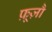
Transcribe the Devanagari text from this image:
फ़ूज़ौ